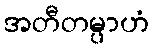
အတီတမ္ပာဟံ